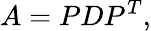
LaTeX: A=PDP^{T},